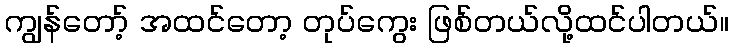
ကျွန်တော့် အထင်တော့ တုပ်ကွေး ဖြစ်တယ်လို့ထင်ပါတယ်။